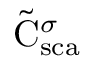
\tilde { \mathrm { { C } } } _ { \mathrm { { s c a } } } ^ { \sigma }